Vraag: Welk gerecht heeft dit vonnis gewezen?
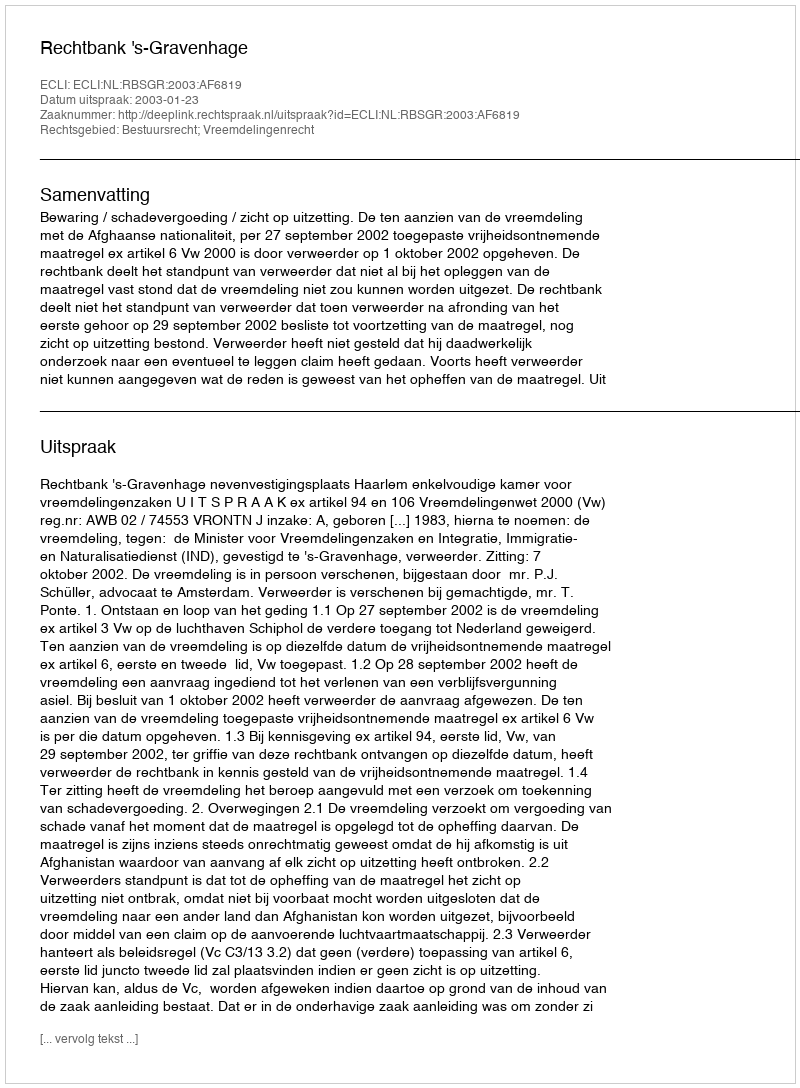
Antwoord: Rechtbank 's-Gravenhage